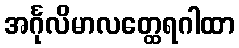
အင်္ဂုလိမာလတ္ထေရဂါထာ